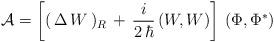
LaTeX: \begin{align*}{\cal A}= \left[ (\,\Delta\,W\,)_{R} \,+\,\frac{i}{2\,\hbar}\,(W,W)\right]\,(\Phi,\Phi^{*})\end{align*}